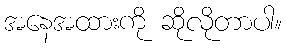
အနေအထားကို ဆိုလိုတာပါ။